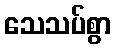
သေသပ်စွာ